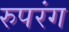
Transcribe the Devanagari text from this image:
रुपरंग